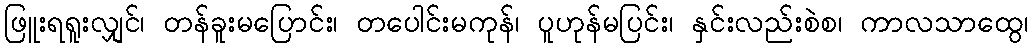
ဖြူးရရူးလျှင်၊ တန်ခူးမပြောင်း၊ တပေါင်းမကုန်၊ ပူဟုန်မပြင်း၊ နှင်းလည်းစဲစ၊ ကာလသာထွေ၊